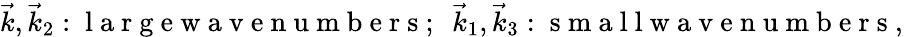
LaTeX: \vec{k},\vec{k}_{2}:\mathrm{~l~a~r~g~e~w~a~v~e~n~u~m~b~e~r~s~};\ \ \vec{k}_{1},\vec{k}_{3}:\mathrm{~s~m~a~l~l~w~a~v~e~n~u~m~b~e~r~s~},\ \